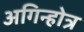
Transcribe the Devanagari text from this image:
अगिन्होत्र